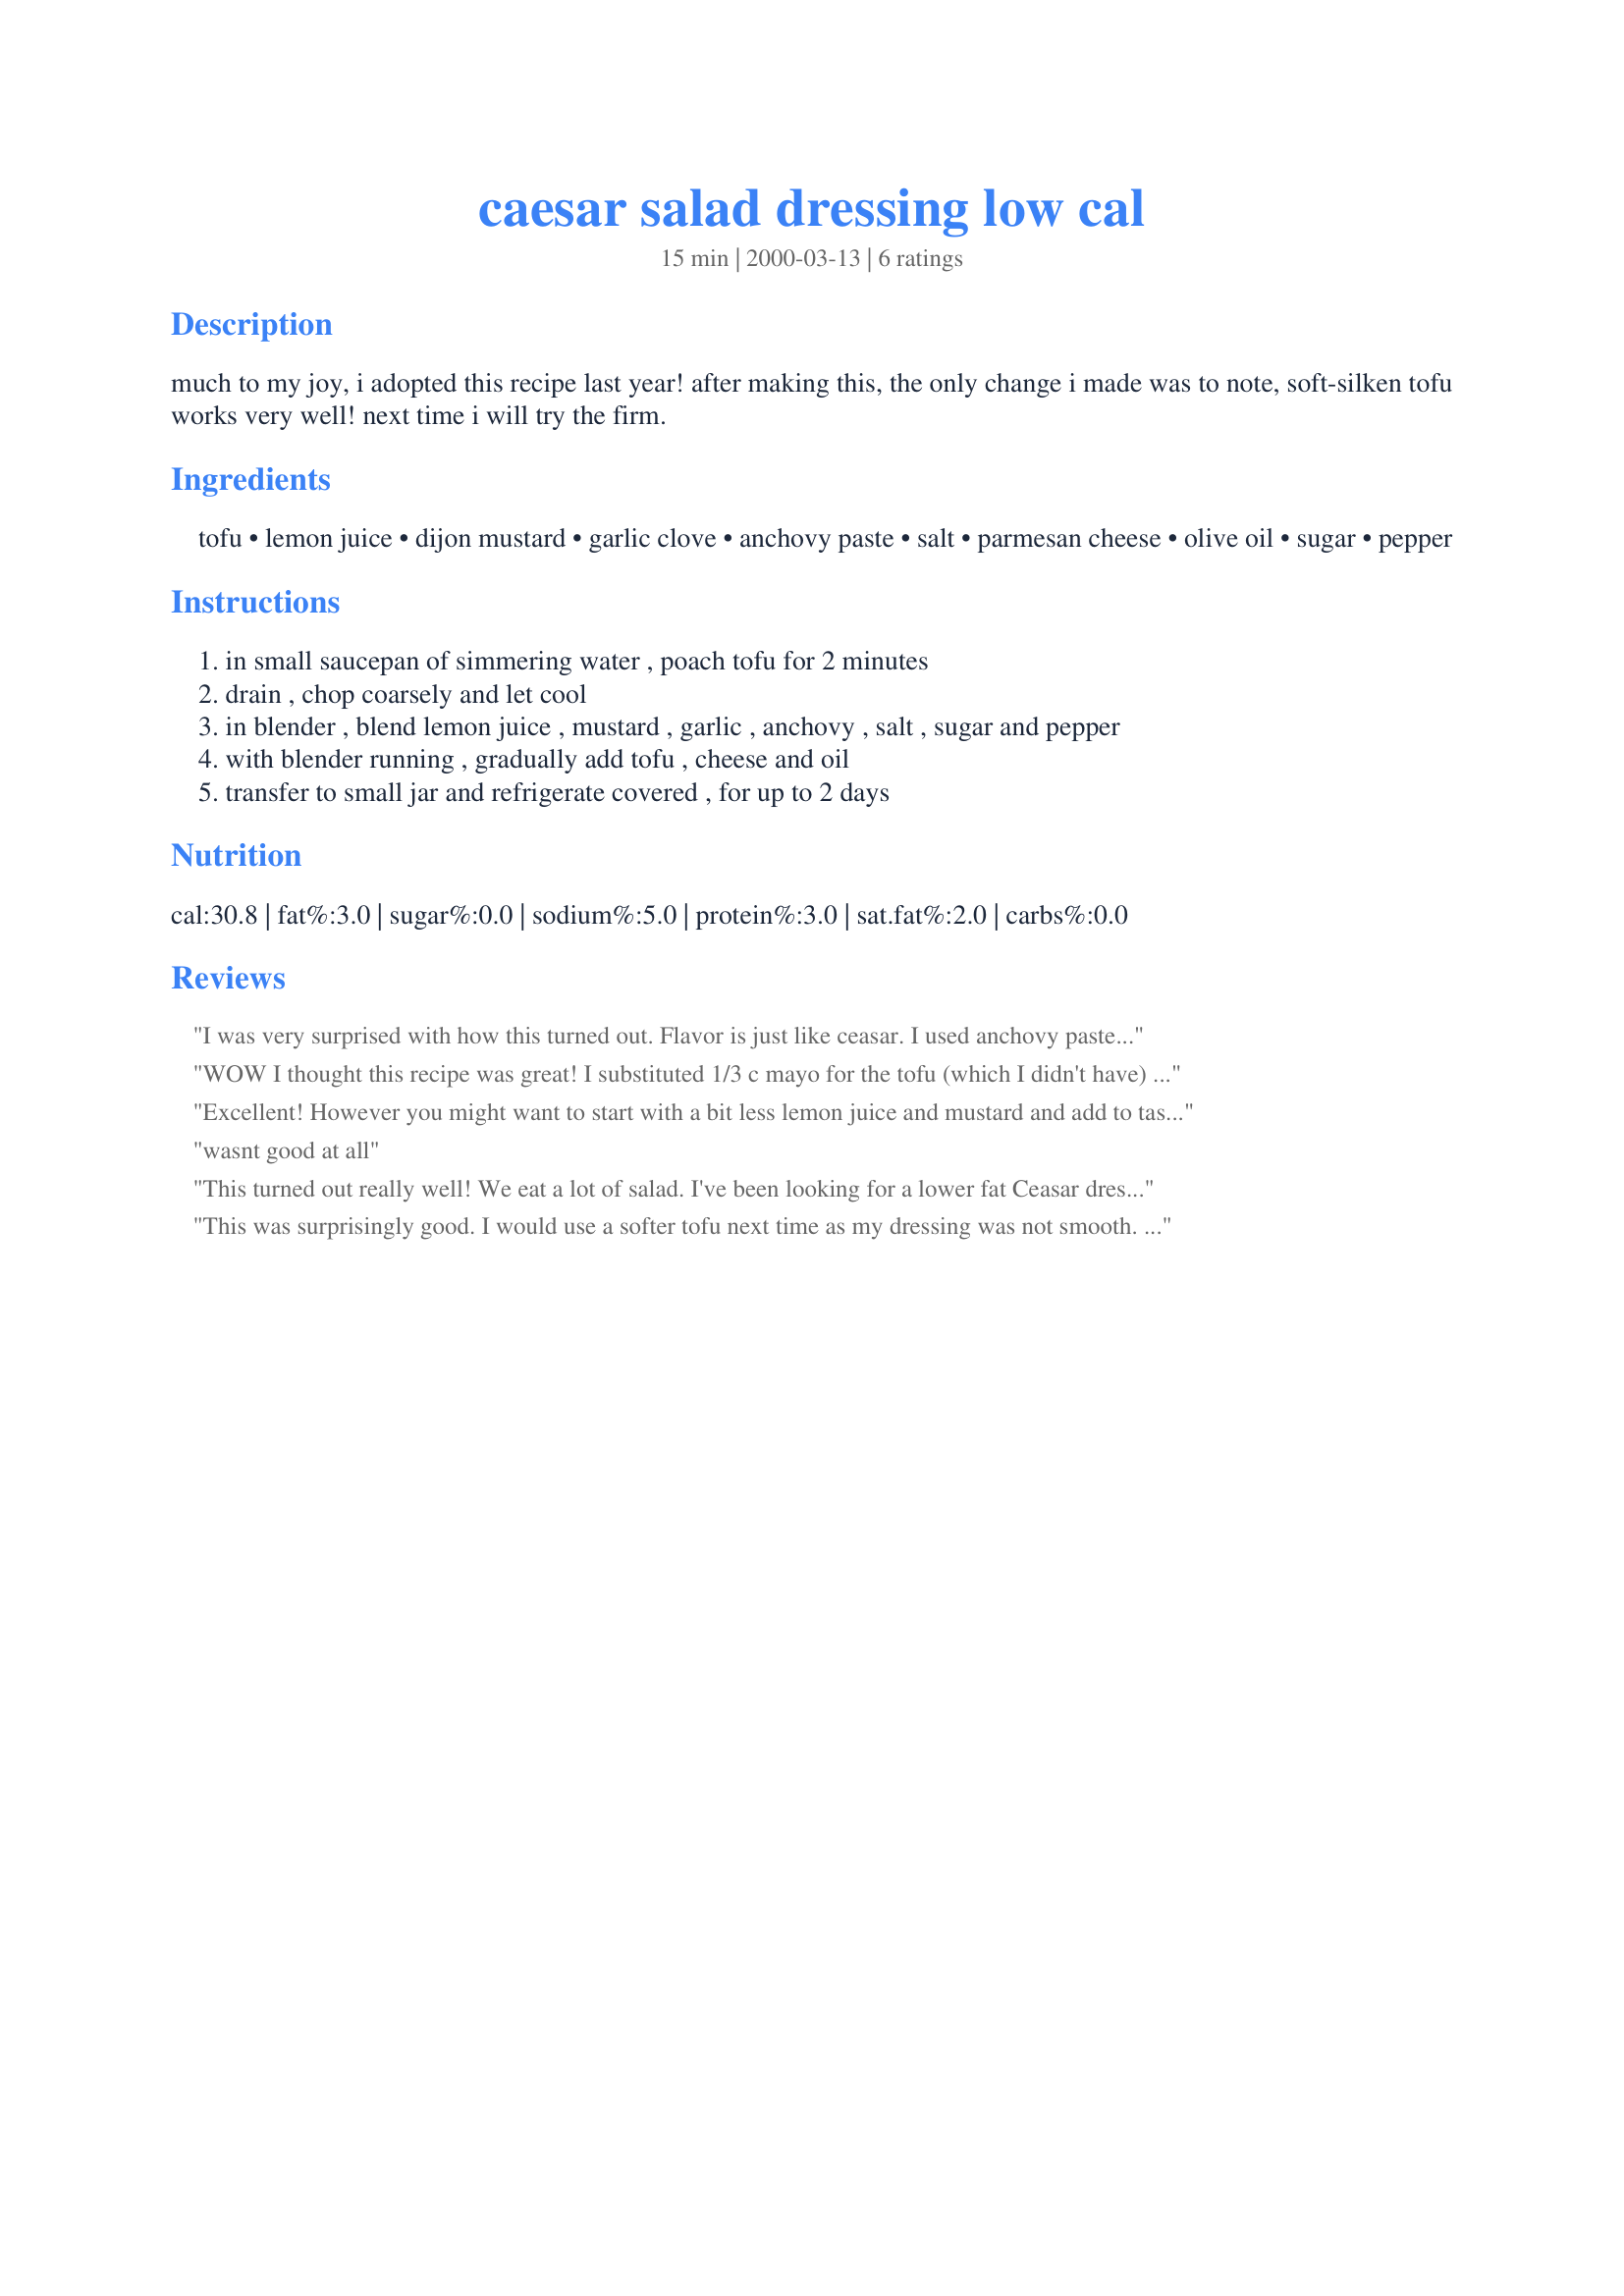
caesar salad dressing low cal
Preparation time: 15 minutes

much to my joy, i adopted this recipe last year!
after making this, the only change i made was to note, soft-silken tofu works very well! next time i will try the firm.

Ingredients:
tofu, lemon juice, dijon mustard, garlic clove, anchovy paste, salt, parmesan cheese, olive oil, sugar, pepper

Steps:
in small saucepan of simmering water , poach tofu for 2 minutes
drain , chop coarsely and let cool
in blender , blend lemon juice , mustard , garlic , anchovy , salt , sugar and pepper
with blender running , gradually add tofu , cheese and oil
transfer to small jar and refrigerate covered , for up to 2 days

Reviews:
I was very surprised with how this turned out. Flavor is just like ceasar. I used anchovy paste and extra firm tofu- but the soft would work fine if you wanted it silkier.
WOW I thought this recipe was great! I substituted 1/3 c mayo for the tofu (which I didn't have) and I know it makes it less than lo-cal, but it was fantastic. Best I've ever had! Thanks for sharing.
Excellent! However you might want to start with a bit less lemon juice and mustard and add to taste.
Next time I will try it with soft tofu so it will be smoother.
wasnt good at all
This turned out really well! We eat a lot of salad. I've been looking for a lower fat Ceasar dressing for awhile and really happy I found and tried this. My husband just loves it and he's usually an avid Ranch lover! Thanks!
This was surprisingly good. I would use a softer tofu next time as my dressing was not smooth. I used a bit less lemon juice as suggested by another reviewer. Great flavor!
